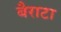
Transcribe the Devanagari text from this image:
बैराटा